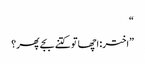
“
”اختر: اچھا تو کتنے بجے پھر؟